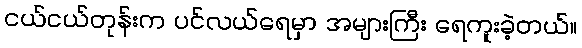
ငယ်ငယ်တုန်းက ပင်လယ်ရေမှာ အများကြီး ရေကူးခဲ့တယ်။